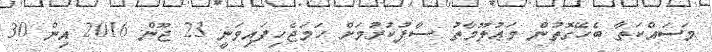
މަސައްކަތާ ބެހޭގޮތުން މަޢުލޫމާތު ސާފުކުރުމަށް ހަމަޖެހިފައިވަނީ 23 ޖޫން 2016 އިން 30